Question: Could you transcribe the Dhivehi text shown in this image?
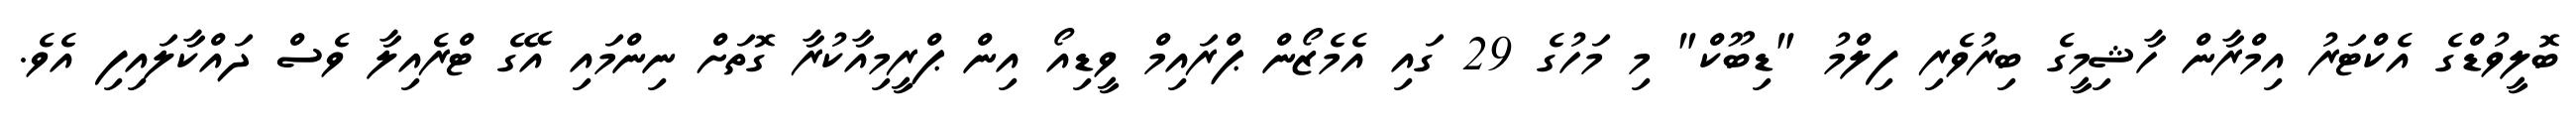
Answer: ބޮލީވުޑްގެ އެކްޓަރު އިމްރާން ހާޝިމީގެ ބިރުވެރި ފިލްމު "ޑިބޫކް" މި މަހުގެ 29 ގައި އެމެޒޯން ޕްރައިމް ވީޑިއޯ އިން ޕްރީމިއާކުރާ ގޮތަށް ނިންމައި އޭގެ ޓްރެއިލާ ވެސް ދައްކާލައިފި އެވެ.